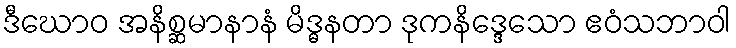
ဒီဃောဝ အနိစ္ဆမာနာနံ မိဒ္ဓနတာ ဒုကနိဒ္ဒေသော ဧဝံသဘာဝါ